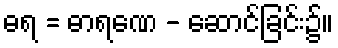
ဓရ = ဓာရဏေ - ဆောင်ခြင်း၌။